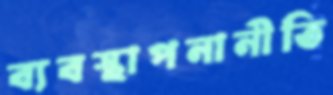
ব্যবস্থাপনানীতি